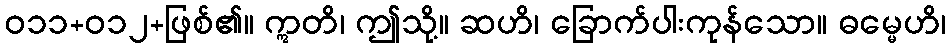
ဝ၁၁+၀၁၂+ဖြစ်၏။ ဣတိ၊ ဤသို့။ ဆဟိ၊ ခြောက်ပါးကုန်သော။ ဓမ္မေဟိ၊